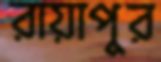
রায়াপুর